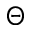
\Theta